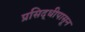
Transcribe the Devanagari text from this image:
प्रसिद्धीपासून